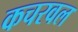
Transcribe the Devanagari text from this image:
कचरवल